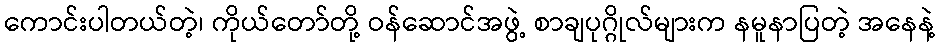
ကောင်းပါတယ်တဲ့၊ ကိုယ်တော်တို့ ဝန်ဆောင်အဖွဲ့ စာချပုဂ္ဂိုလ်များက နမူနာပြတဲ့ အနေနဲ့